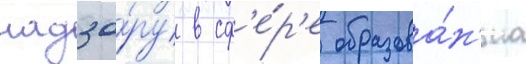
надзо́ру в сф'е́р'е образова́н'иа